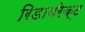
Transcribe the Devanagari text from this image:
रिडायरेक्ट